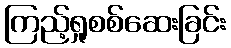
ကြည့်ရှုစစ်ဆေးခြင်း